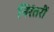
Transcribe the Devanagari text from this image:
निरंतरीं